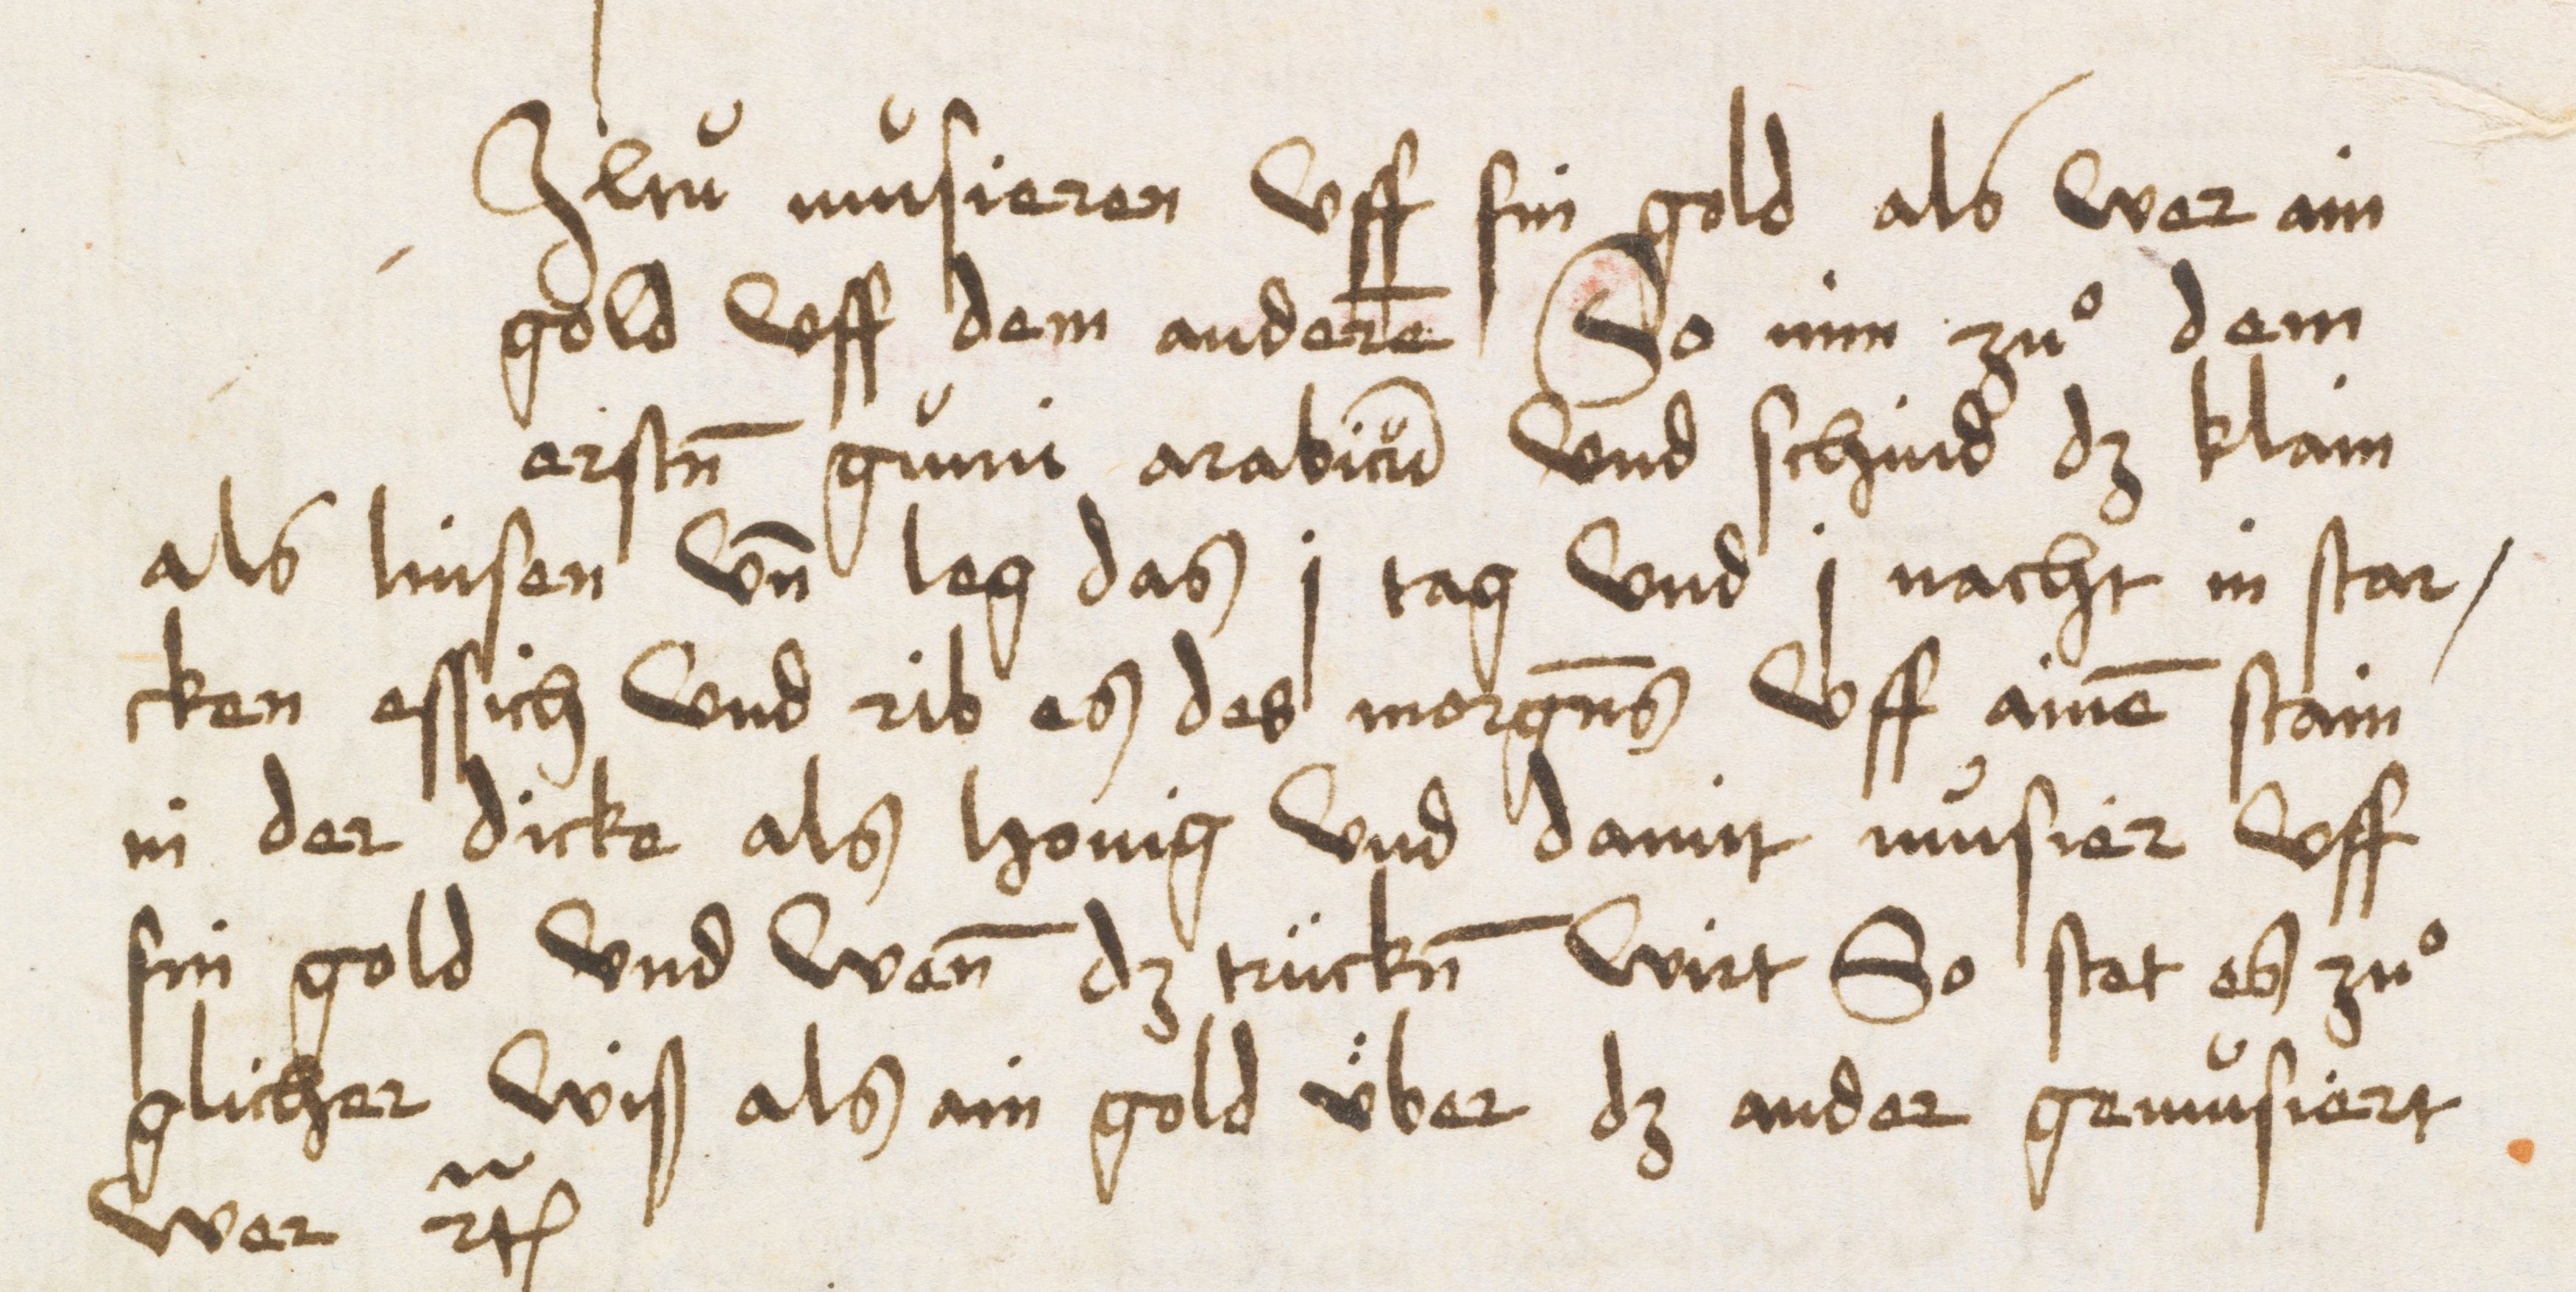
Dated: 1485–1515